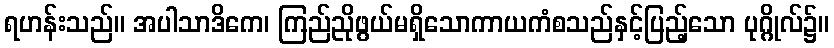
ရဟန်းသည်။ အပါသာဒိကေ၊ ကြည်ညိုဖွယ်မရှိသောကာယကံစသည်နှင့်ပြည့်သော ပုဂ္ဂိုလ်၌။